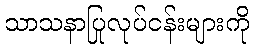
သာသနာပြုလုပ်ငန်းများကို